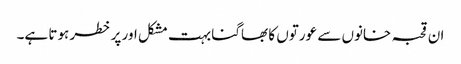
ان قحبہ خانوں سے عورتوں کا بھاگنا بہت مشکل اور پر خطر ہوتا ہے۔